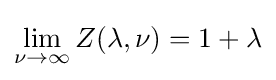
\lim _{\nu \rightarrow \infty }Z(\lambda ,\nu )=1+\lambda